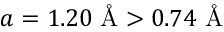
a = 1 . 2 0 \textrm { \AA } > 0 . 7 4 \textrm { \AA }